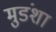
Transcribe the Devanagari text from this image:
मुडंशा